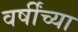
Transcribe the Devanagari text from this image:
वर्षींच्या